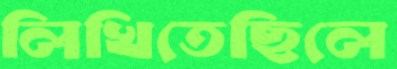
লিখিতেছিলে